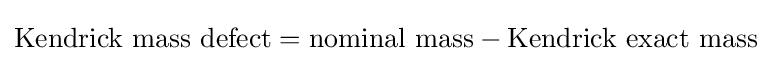
{\text{Kendrick mass defect}}={\text{nominal mass}}-{\text{Kendrick exact mass}}